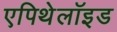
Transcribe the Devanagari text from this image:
एपिथेलॉइड